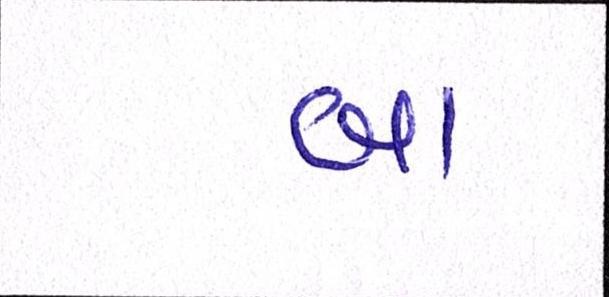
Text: બા